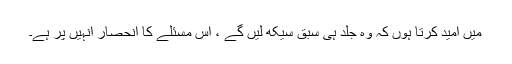
میں امید کرتا ہوں کہ وه جلد ہى سبق سیکھ لیں گے ، اس مسئلے کا انحصار انہیں پر ہے۔